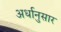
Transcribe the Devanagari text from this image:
अर्धानुसार